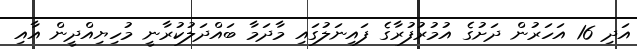
އަދި 16 އަހަރުން ދަށުގެ އުމުރުފުރާގެ ފައިނަލުގައި މާދަމާ ބައްދަލުކުރާނީ މުހިޔިއްދީން އާއި